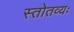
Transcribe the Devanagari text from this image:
स्तोतव्यः